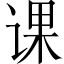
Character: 课